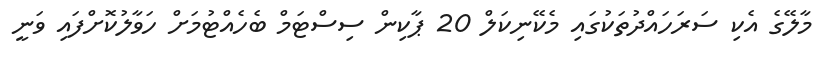
މާލޭގެ އެކި ސަރަހައްދުތަކުގައި މެކޭނިކަލް 20 ޕާކިން ސިސްޓަމް ބެހެއްޓުމަށް ހަވާލުކޮށްފައި ވަނީ